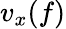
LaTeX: v_{x}(f)